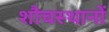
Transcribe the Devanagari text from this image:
शौचस्थानों